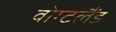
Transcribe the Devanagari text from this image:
वोग्टलैंड